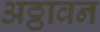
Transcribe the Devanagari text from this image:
अठ्ठावन